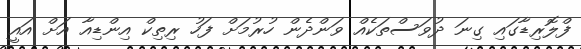
ފްލޮރިޑާގައި ގިނަ ދުވަސްތަކެއް ވަންދެން ހުރުމަށް ފަހު ރިތިކް އިންޑިއާ އަށް އައީ